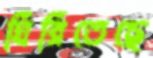
ঘিরিতেছে